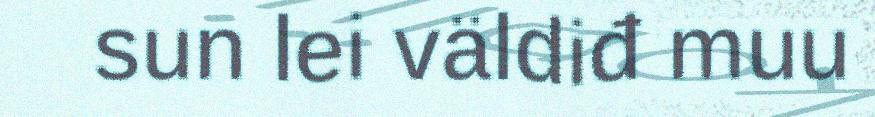
sun lei väldiđ muu